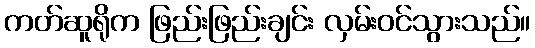
ကတ်ဆူရိုက ဖြည်းဖြည်းချင်း လှမ်းဝင်သွားသည်။